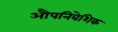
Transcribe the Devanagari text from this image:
औपनिवेशिक